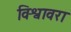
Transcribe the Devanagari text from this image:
विश्वावरा